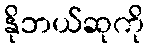
နိုဘယ်ဆုကို